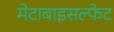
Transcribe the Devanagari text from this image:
मेटाबाइसल्फेट